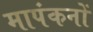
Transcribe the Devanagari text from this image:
मापंकनों